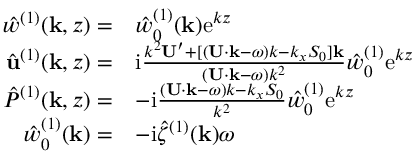
\begin{array} { r l } { \hat { w } ^ { ( 1 ) } ( \mathbf { k } , z ) = } & { \hat { w } _ { 0 } ^ { ( 1 ) } ( \mathbf { k } ) \mathrm { e } ^ { k z } } \\ { \hat { \mathbf { u } } ^ { ( 1 ) } ( \mathbf { k } , z ) = } & { \mathrm { i } \frac { k ^ { 2 } \mathbf { U } ^ { \prime } + [ ( \mathbf { U } \cdot \mathbf { k } - \omega ) k - k _ { x } S _ { 0 } ] \mathbf { k } } { ( \mathbf { U } \cdot \mathbf { k } - \omega ) k ^ { 2 } } \hat { w } _ { 0 } ^ { ( 1 ) } \mathrm { e } ^ { k z } } \\ { \hat { P } ^ { ( 1 ) } ( \mathbf { k } , z ) = } & { - \mathrm { i } \frac { ( \mathbf { U } \cdot \mathbf { k } - \omega ) k - k _ { x } S _ { 0 } } { k ^ { 2 } } \hat { w } _ { 0 } ^ { ( 1 ) } \mathrm { e } ^ { k z } } \\ { \hat { w } _ { 0 } ^ { ( 1 ) } ( \mathbf { k } ) = } & { - \mathrm { i } \hat { \zeta } ^ { ( 1 ) } ( \mathbf { k } ) \omega } \end{array}